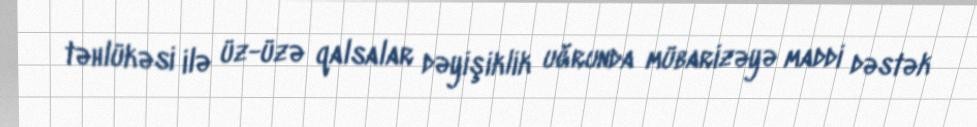
təhlükəsi ilə üz-üzə qalsalar dəyişiklik uğrunda mübarizəyə maddi dəstək